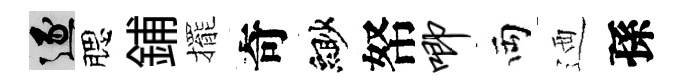
逐腮鋪擺奇緲帑唧両迺孫